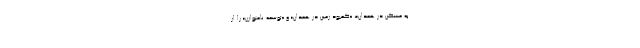
به مسکن در همدان»، «کمبود زمین در همدان» و «توسعه نامتوازن» را از